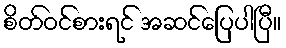
စိတ်ဝင်စားရင် အဆင်ပြေပါပြီ။